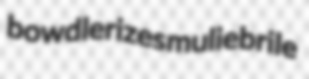
bowdlerizes muliebrile